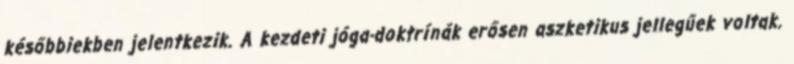
későbbiekben jelentkezik. A kezdeti jóga-doktrínák erősen aszketikus jellegűek voltak.